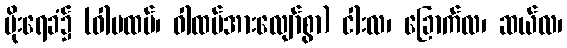
မိုးရေခံ၌ (ဝါမထပ်၊ ဝါထပ်အားလျော်စွာ) ငါးလ၊ ခြောက်လ၊ ဆယ်လ၊